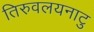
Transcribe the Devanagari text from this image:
तिरुवलयनाटु